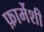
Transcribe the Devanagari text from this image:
फ़ार्मेशी